Document type: payment_order
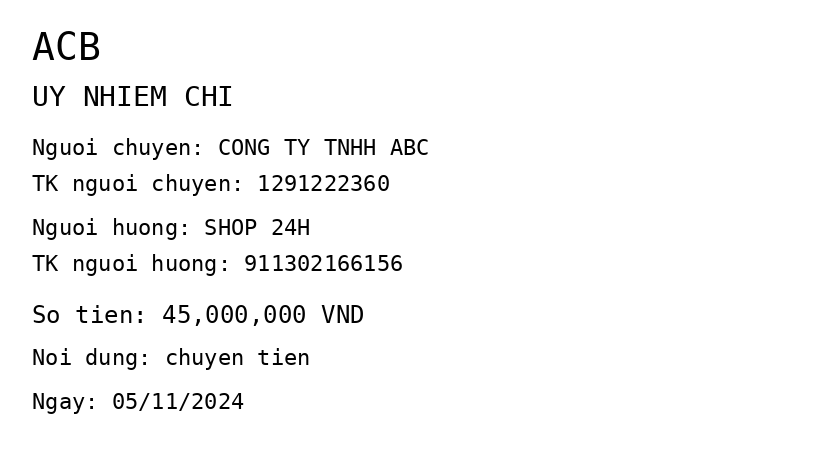
OCR transcript:
ACB
UY NHIEM CHI
Nguoi chuyen: CONG TY TNHH ABC
TK nguoi chuyen: 1291222360
Nguoi huong: SHOP 24H
TK nguoi huong: 911302166156
So tien: 45,000,000 VND
Noi dung: chuyen tien
Ngay: 05/11/2024
Extracted fields:
bank_name: acb
sender_name: cong ty tnhh abc
sender_account: 1291222360
beneficiary_name: shop 24h
beneficiary_account: 911302166156
amount: 45000000
content: chuyen tien
date: 2024-11-05